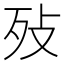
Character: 𣧏